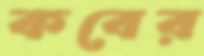
কবের